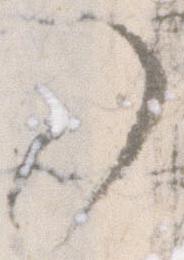
了